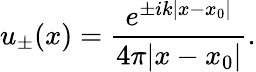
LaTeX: u_{\pm}(x)={\frac{e^{\pm ik|x-x_{0}|}}{4\pi|x-x_{0}|}}.